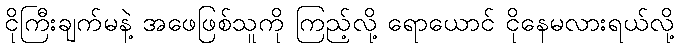
ငိုကြီးချက်မနဲ့ အဖေဖြစ်သူကို ကြည့်လို့ ရောယောင် ငိုနေမလားရယ်လို့